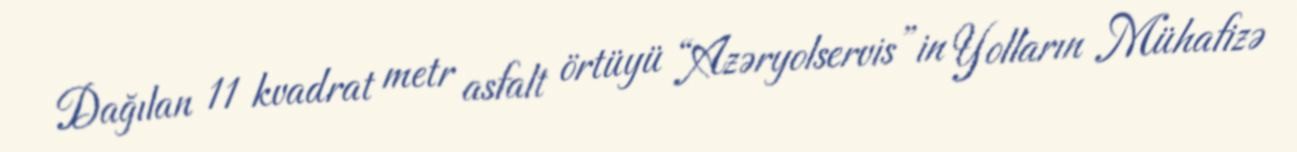
Dağılan 11 kvadrat metr asfalt örtüyü “Azəryolservis”in Yolların Mühafizə